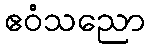
ဧဝံသညော